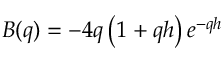
B ( q ) = - 4 q \left( 1 + q h \right) e ^ { - q h }